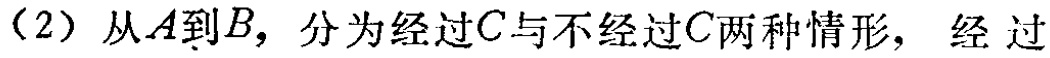
（2）从\(A\)到\(B\)，分为经过\(C\)与不经过\(C\)两种情形，经过